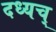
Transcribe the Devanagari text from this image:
दध्यच्